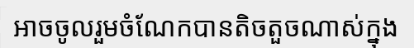
អាចចូលរួមចំណែកបានតិចតួចណាស់ក្នុង